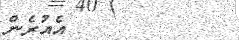
٦١         އެއުރެން